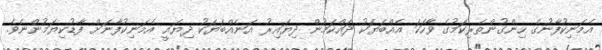
އެމަނިކުފާނުގެ ހިންގުންތެރިކަމުގެ ވާހަކަ އެއްބަޔަކު ދައްކަމުން ދިޔައިރު އަނެއްބަޔަކު ދިޔައީ އެމަނިކުފާނަށް ފާޑުކިޔަމުންނެވެ.